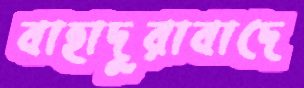
বাহাদুরাবাদে